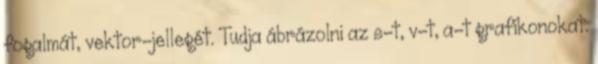
fogalmát, vektor-jellegét. Tudja ábrázolni az s-t, v-t, a-t grafikonokat.